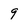
Character: 9